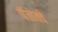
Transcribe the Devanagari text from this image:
पॅलेक्वे